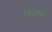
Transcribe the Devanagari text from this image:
त्रिज्येचे